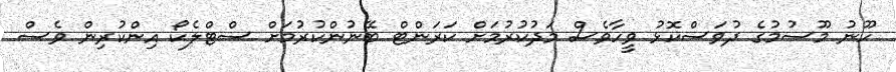
ހޫނު މޫސުމުގެ ދުވަސްކޮޅު ވީހާވެސް މަދުކުރުމަށް ކަރަންޓް ބޭނުންކުރުމަށް ސްޓްލެކޯ އިންކުރިން ވެސް